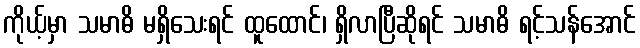
ကိုယ့်မှာ သမာဓိ မရှိသေးရင် ထူထောင်၊ ရှိလာပြီဆိုရင် သမာဓိ ရင့်သန်အောင်